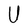
Character: U